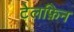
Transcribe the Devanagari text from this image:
टेलफ़िन